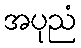
အပုညံ